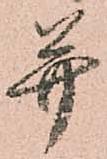
并